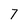
Character: 7